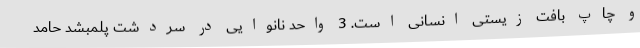
و چاپ بافت زیستی انسانی است. 3 واحد نانوایی در سردشت پلمبشد حامد